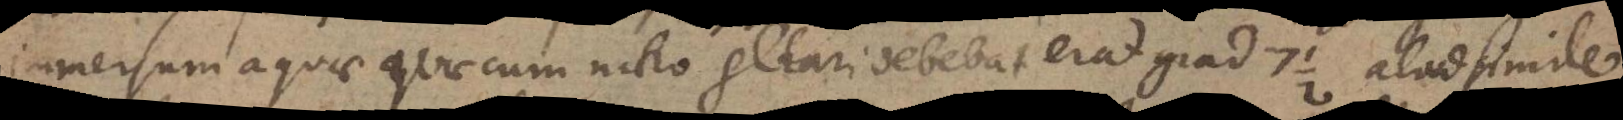
immersum aquae quae cum nitro gelari debebat erat grad. 7½ aliud simile